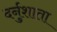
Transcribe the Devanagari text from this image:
दर्नुशाता